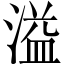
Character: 溢